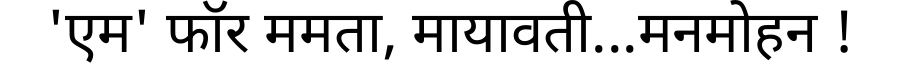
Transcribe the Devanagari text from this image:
'एम' फॉर ममता, मायावती...मनमोहन !